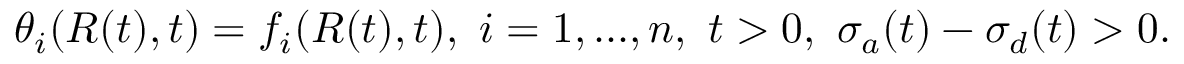
\theta _ { i } ( R ( t ) , t ) = f _ { i } ( R ( t ) , t ) , \ i = 1 , . . . , n , \ t > 0 , \ \sigma _ { a } ( t ) - \sigma _ { d } ( t ) > 0 .